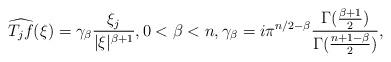
LaTeX: \begin{align*}\widehat{T_jf}(\xi)=\gamma_\beta\frac{\xi_j}{|\xi|^{\beta+1}}, 0<\beta<n, \gamma_\beta=i\pi^{n/2-\beta}\frac{\Gamma(\frac{\beta+1}{2})}{\Gamma(\frac{n+1-\beta}{2})},\end{align*}